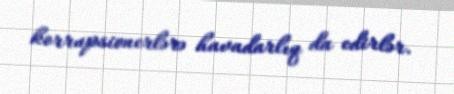
korrupsionerlərə havadarlıq da edirlər.